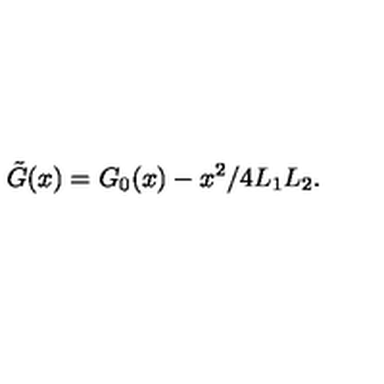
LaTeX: \tilde { G } ( x ) = G _ { 0 } ( x ) - x ^ { 2 } / 4 L _ { 1 } L _ { 2 } .